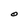
Character: O